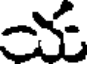
య